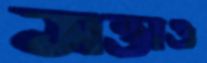
সত্তাও